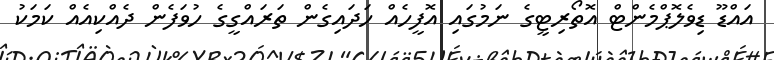
އައްޑޫ ޑިވެލޮޕްމެންޓް އޮތޯރިޓީގެ ނަމުގައި އޮފީހެއް ހަދައިގެން ތަރައްގީގެ ހުވަފެން ދެއްކިއެއް ކަމަކު